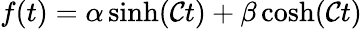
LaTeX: f(t)={\alpha}\sinh(\mathcal{C}t)+{\beta}\cosh(\mathcal{C}t)